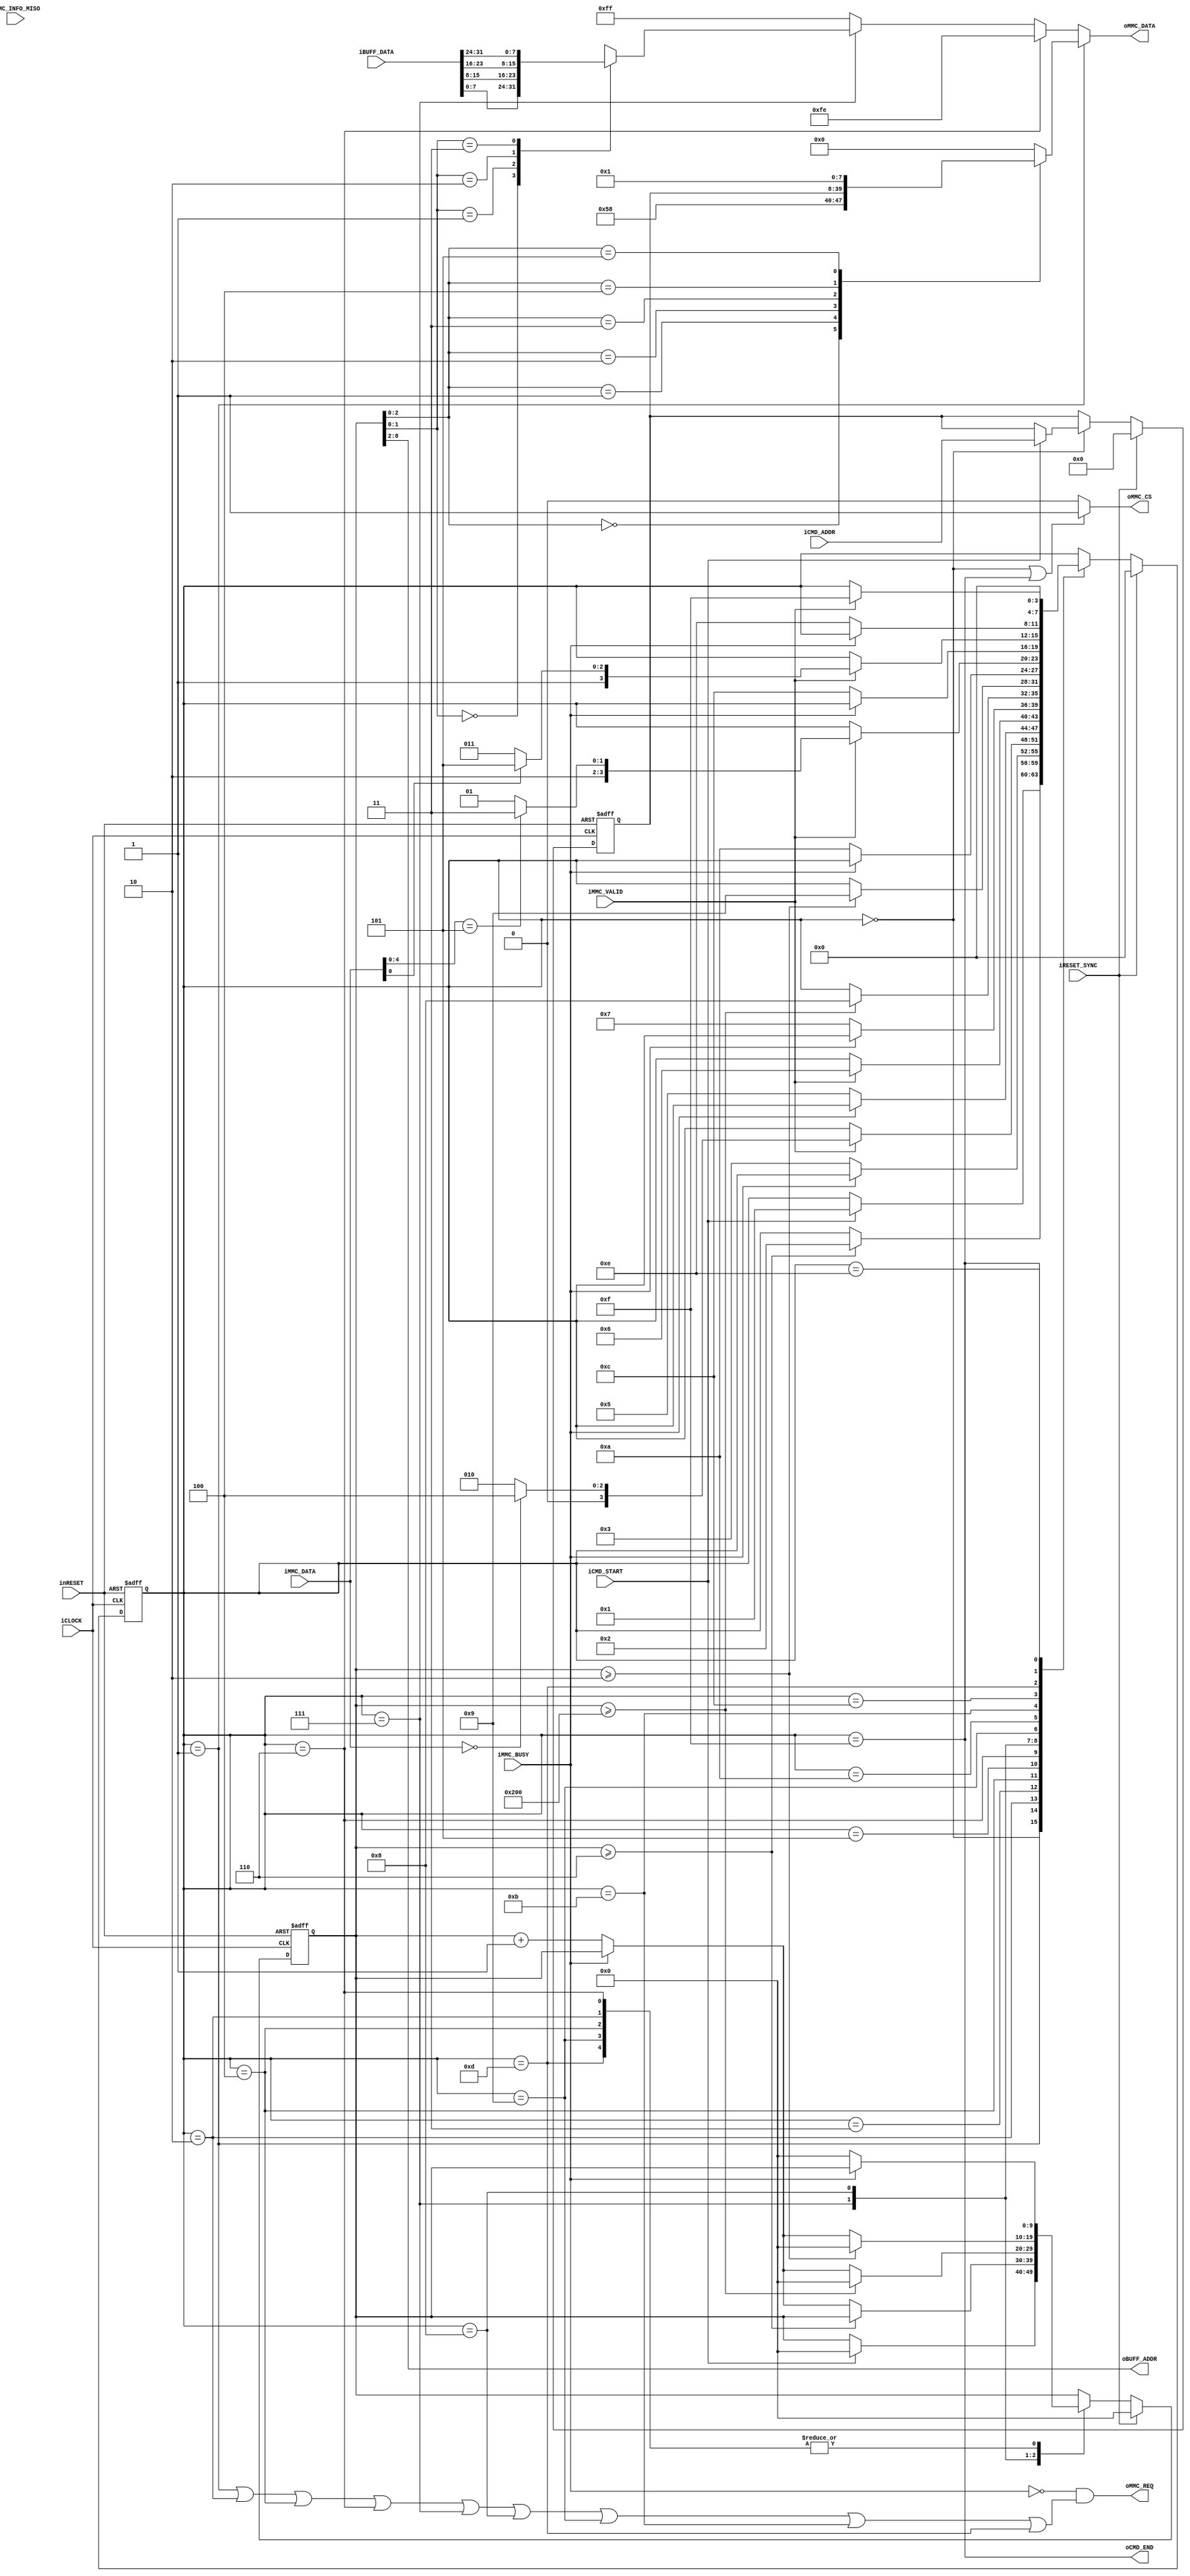
`default_nettype none

//Write Command
module mmc_cmd_control_layer_cmd24(
		input wire iCLOCK,
		input wire inRESET,
		input wire iRESET_SYNC,
		//
		input wire iCMD_START,
		input wire [31:0] iCMD_ADDR,
		output wire oCMD_END,
		//Buffer
		output wire [6:0] oBUFF_ADDR,
		input wire [31:0] iBUFF_DATA,
		//Write
		output wire oMMC_REQ,
		input wire iMMC_BUSY,
		output wire oMMC_CS,
		output wire [7:0] oMMC_DATA,
		//Read
		input wire iMMC_VALID,
		input wire [7:0] iMMC_DATA,
		input wire iMMC_INFO_MISO
	);

	localparam PL_MAIN_STT_IDLE = 4'h0;
	localparam PL_MAIN_STT_CMD = 4'h1;
	localparam PL_MAIN_STT_RESP_REQ = 4'h2;
	localparam PL_MAIN_STT_RESP_GET = 4'h3;
	localparam PL_MAIN_STT_WAIT_REQ = 4'h4;
	localparam PL_MAIN_STT_WAIT_GET = 4'h5;
	localparam PL_MAIN_STT_STBLOCK_WRITE = 4'h6;
	localparam PL_MAIN_STT_DATA_WRITE = 4'h7;
	localparam PL_MAIN_STT_CRC_WRITE = 4'h8;
	localparam PL_MAIN_STT_DATARESP_REQ = 4'h9;
	localparam PL_MAIN_STT_DATARESP_GET = 4'ha;
	localparam PL_MAIN_STT_BUSYCHECK_REQ = 4'hb;
	localparam PL_MAIN_STT_BUSYCHECK_GET = 4'hc;
	localparam PL_MAIN_STT_DUMMY_REQ = 4'hd;
	localparam PL_MAIN_STT_DUMMY_GET = 4'he;
	localparam PL_MAIN_STT_END = 4'hf;

	function [7:0] func_cmd_flame;
		input [2:0] func_select;
		input [31:0] func_addr;
		begin
			case(func_select)
				3'h0 : func_cmd_flame = 8'h58;
				3'h1 : func_cmd_flame = func_addr[31:24];
				3'h2 : func_cmd_flame = func_addr[23:16];
				3'h3 : func_cmd_flame = func_addr[15:8];
				3'h4 : func_cmd_flame = func_addr[7:0];
				3'h5 : func_cmd_flame = 8'h01;
				default : func_cmd_flame = 8'h00;
			endcase
		end
	endfunction

	reg [3:0] b_main_state;
	reg [9:0] b_main_count;
	reg [31:0] b_main_addr;

	always@(posedge iCLOCK or negedge inRESET)begin
		if(!inRESET)begin
			b_main_state <= PL_MAIN_STT_IDLE;
			b_main_count <= 10'h0;
			b_main_addr <= 32'h0;
		end
		else if(iRESET_SYNC)begin
			b_main_state <= PL_MAIN_STT_IDLE;
			b_main_count <= 10'h0;
			b_main_addr <= 32'h0;
		end
		else begin
			case(b_main_state)
				PL_MAIN_STT_IDLE:
					begin
						if(iCMD_START)begin
							b_main_state <= PL_MAIN_STT_CMD;
							b_main_count <= 10'h0;
							b_main_addr <= iCMD_ADDR;
						end
					end
				PL_MAIN_STT_CMD:
					begin
						if(b_main_count >= 10'h6)begin
							b_main_state <= PL_MAIN_STT_RESP_REQ;
						end
						else begin
							if(!iMMC_BUSY)begin
								b_main_count <= b_main_count + 10'h1;
							end
						end
					end
				PL_MAIN_STT_RESP_REQ:
					begin
						if(!iMMC_BUSY)begin
							b_main_count <= 10'h0;
							b_main_state <= PL_MAIN_STT_RESP_GET;
						end
					end
				PL_MAIN_STT_RESP_GET:
					begin
						if(iMMC_VALID)begin
							if(iMMC_DATA == 8'h00)begin
								b_main_state <= PL_MAIN_STT_WAIT_REQ;
							end
							else begin
								b_main_state <= PL_MAIN_STT_RESP_REQ;
							end
						end
					end
				PL_MAIN_STT_WAIT_REQ:
					begin
						if(!iMMC_BUSY)begin
							b_main_count <= 10'h0;
							b_main_state <= PL_MAIN_STT_WAIT_GET;
						end
					end
				PL_MAIN_STT_WAIT_GET:
					begin
						if(iMMC_VALID)begin
							b_main_state <= PL_MAIN_STT_STBLOCK_WRITE;
						end
					end
				PL_MAIN_STT_STBLOCK_WRITE:
					begin
						if(!iMMC_BUSY)begin
							b_main_count <= 10'h0;
							b_main_state <= PL_MAIN_STT_DATA_WRITE;
						end
					end
				PL_MAIN_STT_DATA_WRITE:
					begin
						if(b_main_count >= 10'd512)begin
							b_main_state <= PL_MAIN_STT_CRC_WRITE;
							b_main_count <= 10'h0;
						end
						else begin
							if(!iMMC_BUSY)begin
								b_main_count <= b_main_count + 10'h1;
							end
						end
					end
				PL_MAIN_STT_CRC_WRITE:
					begin
						if(b_main_count >= 10'd2)begin
							b_main_state <= PL_MAIN_STT_DATARESP_REQ;
							b_main_count <= 10'h0;
						end
						else begin
							if(!iMMC_BUSY)begin
								b_main_count <= b_main_count + 10'h1;
							end
						end
					end
				PL_MAIN_STT_DATARESP_REQ:
					begin
						if(!iMMC_BUSY)begin
							b_main_count <= 10'h0;
							b_main_state <= PL_MAIN_STT_DATARESP_GET;
						end
					end
				PL_MAIN_STT_DATARESP_GET:
					begin
						if(iMMC_VALID)begin
							if(iMMC_DATA[4:0] == 5'h05)begin
								b_main_state <= PL_MAIN_STT_BUSYCHECK_REQ;
							end
							else begin
								b_main_state <= PL_MAIN_STT_DATARESP_REQ;
							end
						end
					end
				PL_MAIN_STT_BUSYCHECK_REQ:
					begin
						if(!iMMC_BUSY)begin
							b_main_state <= PL_MAIN_STT_BUSYCHECK_GET;
						end
					end
				PL_MAIN_STT_BUSYCHECK_GET:
					begin
						if(iMMC_VALID)begin
							if(iMMC_DATA[0] == 1'b1)begin
								b_main_state <= PL_MAIN_STT_DUMMY_REQ;
							end
							else begin
								b_main_state <= PL_MAIN_STT_BUSYCHECK_REQ;
							end
						end
					end
					
				PL_MAIN_STT_DUMMY_REQ:
					begin
						if(!iMMC_BUSY)begin
							b_main_count <= 10'h0;
							b_main_state <= PL_MAIN_STT_DUMMY_GET;
						end
					end
				PL_MAIN_STT_DUMMY_GET:
					begin
						if(iMMC_VALID)begin
							b_main_state <= PL_MAIN_STT_END;
						end
					end
					
				PL_MAIN_STT_END:
					begin
						b_main_state <= PL_MAIN_STT_IDLE;
					end
			endcase
		end
	end


	function [7:0] func_mmc_data_select;
		input [1:0] func_select;
		input [31:0] func_data;
		begin
			case(func_select)
				2'h0 : func_mmc_data_select = func_data[7:0];
				2'h1 : func_mmc_data_select = func_data[15:8];
				2'h2 : func_mmc_data_select = func_data[23:16];
				2'h3 : func_mmc_data_select = func_data[31:24];
			endcase
		end
	endfunction

	reg [7:0] mmc_data_out;
	always @* begin
		if(b_main_state == PL_MAIN_STT_CMD)begin
			mmc_data_out = func_cmd_flame(b_main_count, b_main_addr);
		end
		else if(b_main_state == PL_MAIN_STT_STBLOCK_WRITE)begin
			mmc_data_out = 8'hfe;
		end
		else if(b_main_state == PL_MAIN_STT_DATA_WRITE)begin
			mmc_data_out = func_mmc_data_select(b_main_count[1:0], iBUFF_DATA);
		end
		else begin
			mmc_data_out = 8'hff;
		end
	end

	assign oBUFF_ADDR = b_main_count[8:2];

	assign oCMD_END = (b_main_state == PL_MAIN_STT_END);

	assign oMMC_REQ = !iMMC_BUSY && (b_main_state == PL_MAIN_STT_CMD || b_main_state == PL_MAIN_STT_RESP_REQ || b_main_state == PL_MAIN_STT_WAIT_REQ || b_main_state == PL_MAIN_STT_STBLOCK_WRITE || b_main_state == PL_MAIN_STT_DATA_WRITE || b_main_state == PL_MAIN_STT_CRC_WRITE || b_main_state == PL_MAIN_STT_DATARESP_REQ || b_main_state == PL_MAIN_STT_BUSYCHECK_REQ || b_main_state == PL_MAIN_STT_DUMMY_REQ);
	
	assign oMMC_CS = (b_main_state == PL_MAIN_STT_IDLE || b_main_state == PL_MAIN_STT_END)? 1'b1 : 1'b0;
	assign oMMC_DATA = mmc_data_out;



endmodule


`default_nettype wire